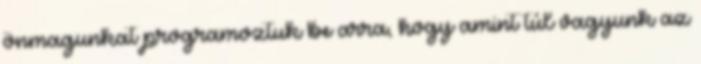
önmagunkat programoztuk be arra, hogy amint túl vagyunk az